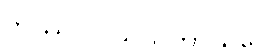
တဿပါပိယသိကာယပေ